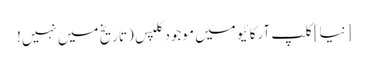
[نیا] کلپ آرکائیو میں موجود کلپس (تاریخ میں نہیں!